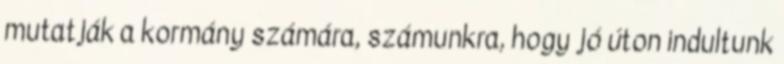
mutatják a kormány számára, számunkra, hogy jó úton indultunk